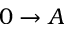
0 \to A